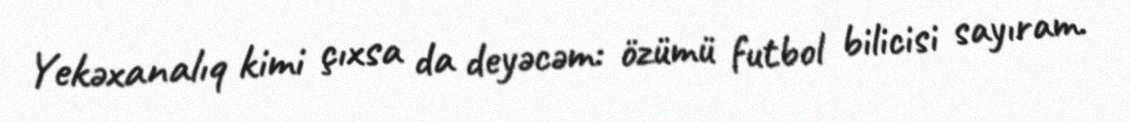
Yekəxanalıq kimi çıxsa da deyəcəm: özümü futbol bilicisi sayıram.